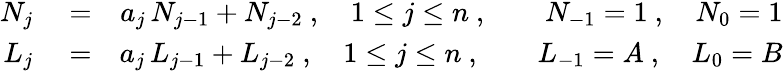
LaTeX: \begin{array}{rlr}{N_{j}}&{{}=}&{a_{j}\, N_{j-1}+N_{j-2}\ ,\quad 1\leq j\leq n\ ,\qquad N_{-1}=1\ ,\quad N_{0}=1}\\ {L_{j}}&{{}=}&{a_{j}\, L_{j-1}+L_{j-2}\ ,\quad 1\leq j\leq n\ ,\qquad L_{-1}=A\ ,\quad L_{0}=B}\end{array}